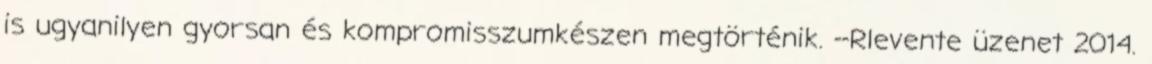
is ugyanilyen gyorsan és kompromisszumkészen megtörténik. --Rlevente üzenet 2014.